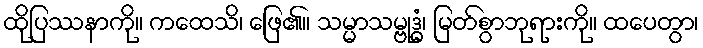
ထိုပြဿနာကို။ ကထေသိ၊ ဖြေ၏။ သမ္မာသမ္ဗုဒ္ဓံ၊ မြတ်စွာဘုရားကို။ ထပေတွာ၊